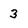
Character: 3